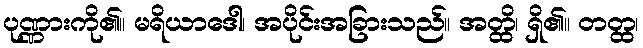
ပုဏ္ဏားကို၏။ မရိယာဒေါ၊ အပိုင်းအခြားသည်။ အတ္ထိ၊ ရှိ၏။ တတ္ထ၊